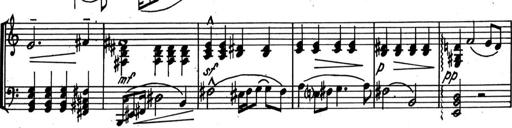
Title: Kleine Sonate
Composer: Raoul Koczalski
Key: C major